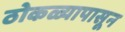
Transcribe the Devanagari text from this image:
ठोकळ्यापासून